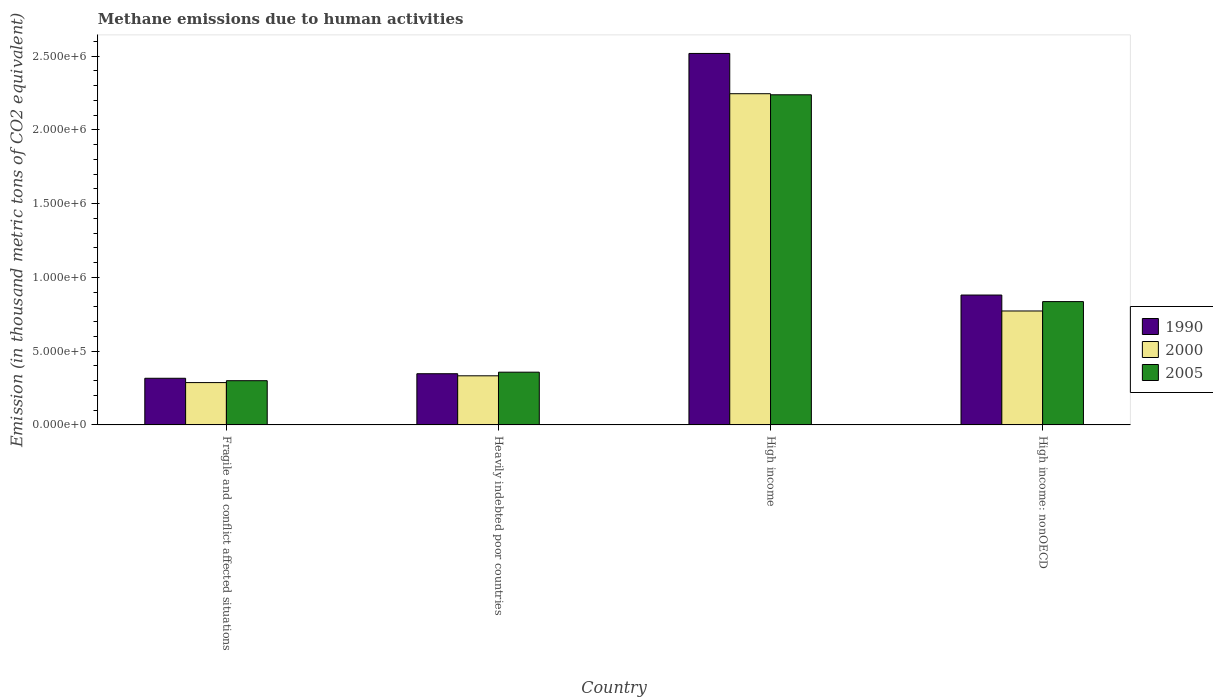
| Country | 1990 | 2000 | 2005 |
 | --- | --- | --- | --- |
 | Fragile and conflict affected situations | 3.16e+05 | 2.87e+05 | 3e+05 |
 | Heavily indebted poor countries | 3.47e+05 | 3.33e+05 | 3.57e+05 |
 | High income | 2.52e+06 | 2.24e+06 | 2.24e+06 |
 | High income: nonOECD | 8.8e+05 | 7.72e+05 | 8.36e+05 |